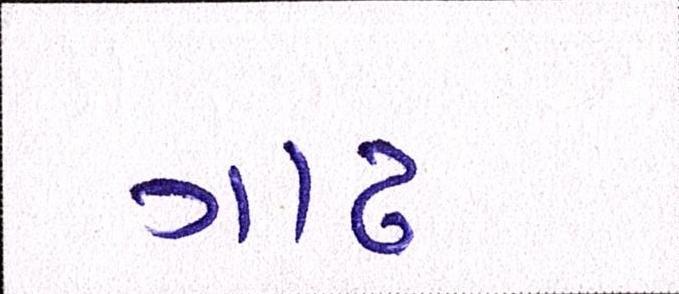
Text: ગાઢ